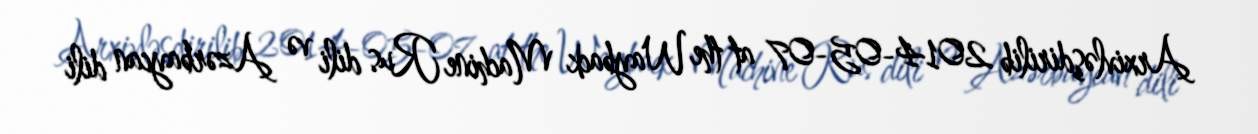
Arxivləşdirilib 2014-05-07 at the Wayback Machine Rus dili və Azərbaycan dili